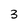
Character: 3